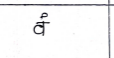
मजकूर: वं